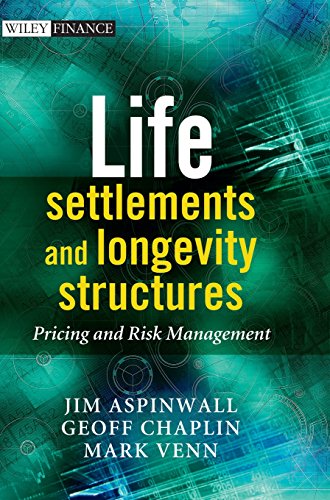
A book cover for Life Settlements and Longevity Structures: Pricing and Risk Management; Geoff Chaplin; Business & Money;